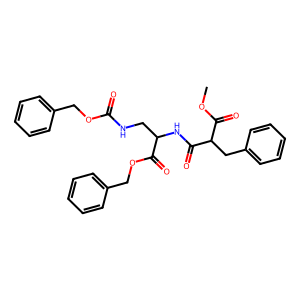
SMILES: COC(=O)C(Cc1ccccc1)C(=O)NC(CNC(=O)OCc1ccccc1)C(=O)OCc1ccccc1
Inhibits HIV replication: No